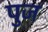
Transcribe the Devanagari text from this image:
पुज